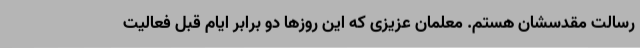
رسالت مقدسشان هستم. معلمان عزیزی که این روزها دو برابر ایام قبل فعالیت